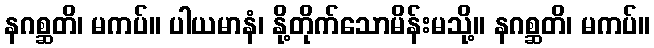
နဂစ္ဆတိ၊ မကပ်။ ပါယမာနံ၊ နို့တိုက်သောမိန်းမသို့။ နဂစ္ဆတိ၊ မကပ်။